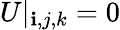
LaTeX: U|_{\mathbf{i},j,k}=\mathrm{{0}}